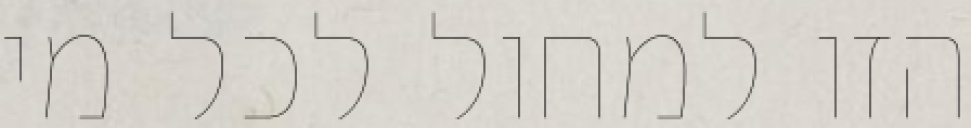
הזו למחול לכל מי